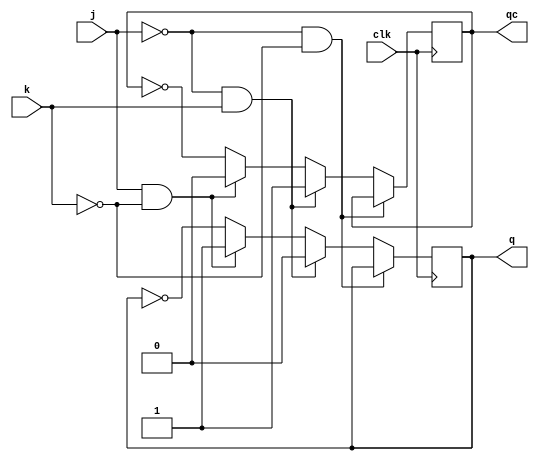
module JKff(j,k,clk,q,qc);
output q,qc;
input j,k,clk;
reg q,qc;
initial
begin
q=0;
qc=1;
end
always@(posedge clk)
begin
	if(clk)
	begin
		if(j==0 && k == 0)
		begin
			q=q;
			qc=qc;
		end
		else if(j==0 && k == 1)
		begin
			q=0;
			qc=1;
		end
		else if(j==1 && k == 0)
		begin
			q=1;
			qc=0;
		end
		else
		begin
			q=!q;
			qc=!qc;
		end
	end
end
endmodule